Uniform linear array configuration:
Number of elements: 64
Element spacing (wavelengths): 1
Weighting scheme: kaiser
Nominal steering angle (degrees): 15
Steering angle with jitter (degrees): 15.753
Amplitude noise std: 0.05
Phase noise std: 0.05

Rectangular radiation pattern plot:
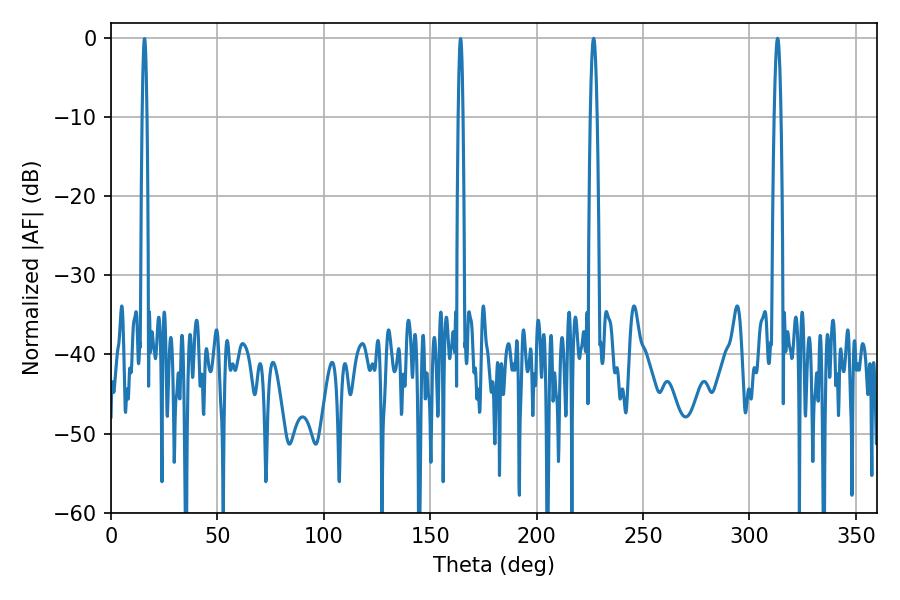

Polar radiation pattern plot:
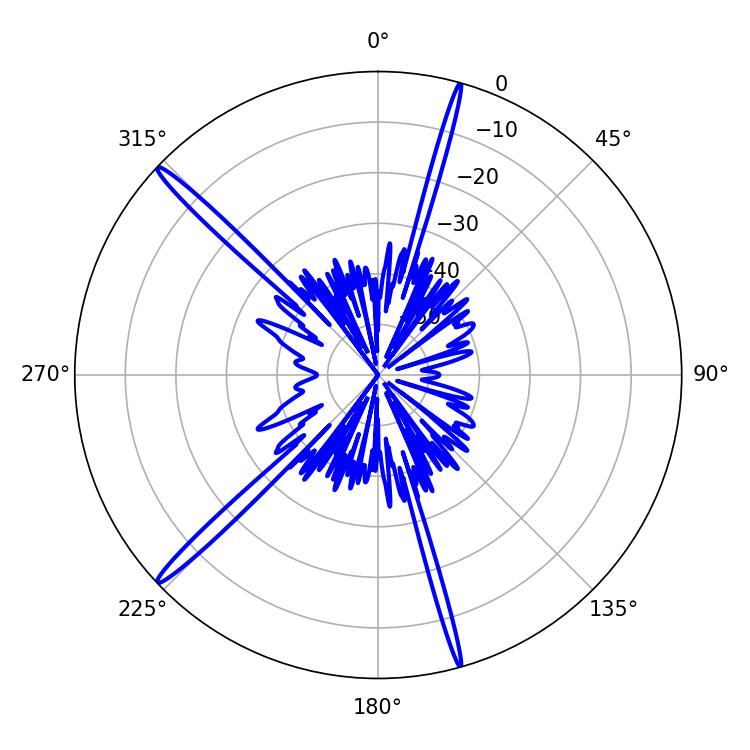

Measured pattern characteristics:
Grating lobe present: TRUE
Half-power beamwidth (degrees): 1.8
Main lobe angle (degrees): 226.8